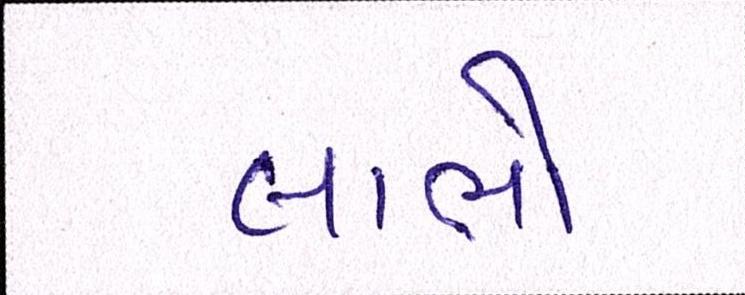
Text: લાભો